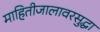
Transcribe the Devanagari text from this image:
माहितीजालावरसुद्धा